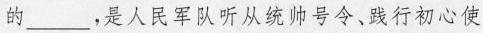
的___，是人民军队听从统帅号令、践行初心使